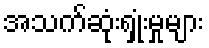
အသက်ဆုံးရှုံးမှုများ